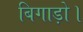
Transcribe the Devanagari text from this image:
बिगाड़ो।